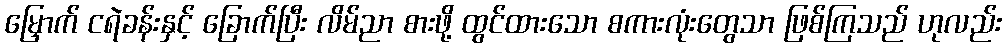
မြှောက် ငရဲခန်းနှင့် ခြောက်ပြီး လိမ်ညာ စားဖို့ ထွင်ထားသော စကားလုံးတွေသာ ဖြစ်ကြသည် ဟုလည်း